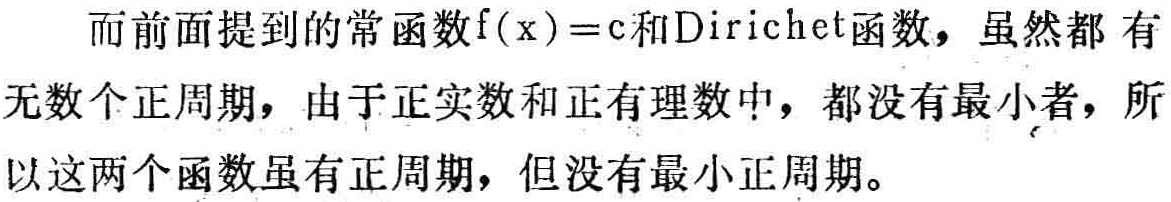
而前面提到的常函数\(f(x)=c\)和Dirichlet函数，虽然都 有无数个正周期，由于正实数和正有理数中，都没有最小者，所以这两个函数虽有正周期，但没有最小正周期。